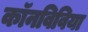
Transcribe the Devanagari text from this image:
कॉनविविया